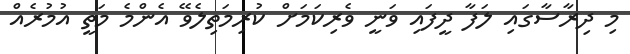
މި ދިރާސާގައި ލަފާ ދީފައި ވަނީ ވެރިކަމަށް ކުރިމަތިލެވޭ އެންމެ މަތީ އުމުރެއް